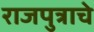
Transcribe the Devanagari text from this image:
राजपुत्राचे